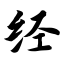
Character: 经